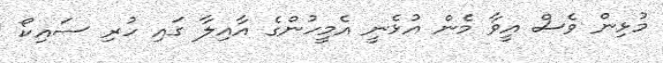
މުޅިން ވެސް އީވާ މެން އުޅެނީ އެމީހުންގެ އާއިލާ ގައި ހުރި ސައިކޯ